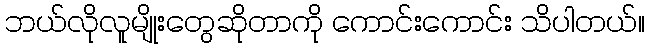
ဘယ်လိုလူမျိုးတွေဆိုတာကို ကောင်းကောင်း သိပါတယ်။